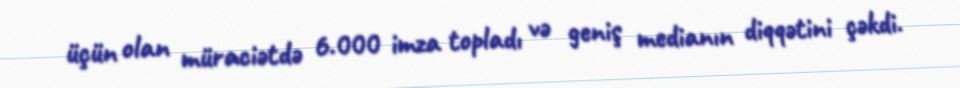
üçün olan müraciətdə 6.000 imza topladı və geniş medianın diqqətini çəkdi.